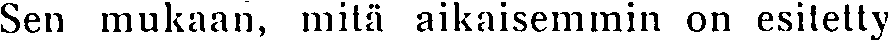
Sen mukaan, mitä aikaisemmin on esitetty